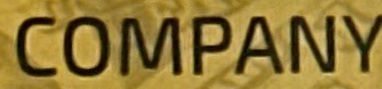
COMPANY